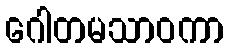
ဂေါတမသာဝကာ